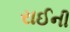
રાઈની